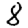
Digit: 8